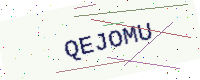
Text: QEJOMU